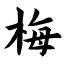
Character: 梅